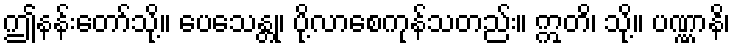
ဤနန်းတော်သို့။ ပေသေန္တု၊ ပို့လာစေကုန်သတည်း။ ဣတိ၊ သို့။ ပဏ္ဏာနိ၊